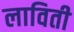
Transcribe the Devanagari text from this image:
लाविती